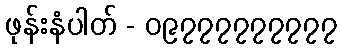
ဖုန်းနံပါတ် - ၀၉၇၇၇၇၇၇၇၇၇